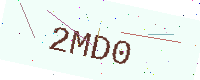
Text: 2MD0